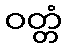
ဝတ္တံ